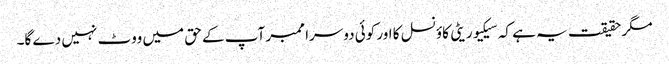
مگر حقیقت یہ ہے کہ سیکیوریٹی کاؤنسل کا اور کوئی دوسرا ممبر آپ کے حق میں ووٹ نہیں دے گا۔